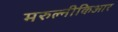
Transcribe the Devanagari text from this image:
मरुल्नीकिआर